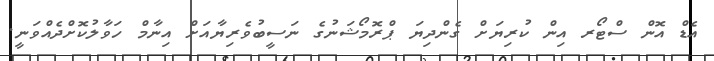
އެޑް އޮން ސްޓޯރ އިން ކުރިޔަށް ގެންދިޔަ ޕްރޮމޯޝަނުގެ ނަސީބުވެރިޔާއަށް އިނާމް ހަވާލުކޮށްދެއްވަނީ.